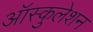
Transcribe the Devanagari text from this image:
ऑस्कुलेशन